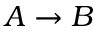
A \rightarrow B